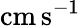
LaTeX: \mathrm{{cm\thinspace s^{-1}}}